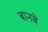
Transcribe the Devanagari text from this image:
बानबे